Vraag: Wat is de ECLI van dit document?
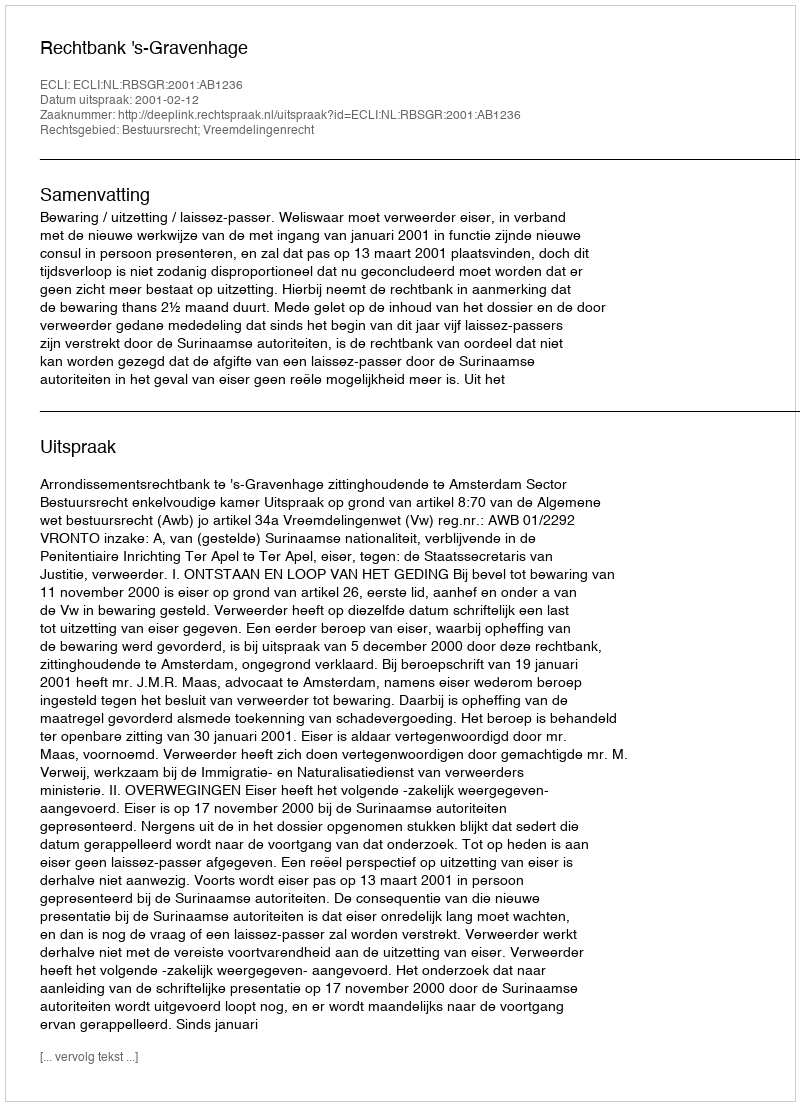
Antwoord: ECLI:NL:RBSGR:2001:AB1236